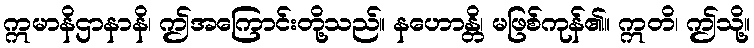
ဣမာနိဌာနာနိ၊ ဤအကြောင်းတို့သည်။ နဟောန္တိ၊ မဖြစ်ကုန်၏။ ဣတိ၊ ဤသို့။